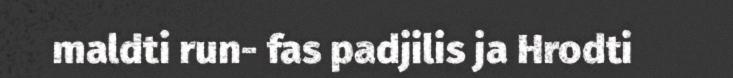
maldti run- fas padjilis ja Hrodti